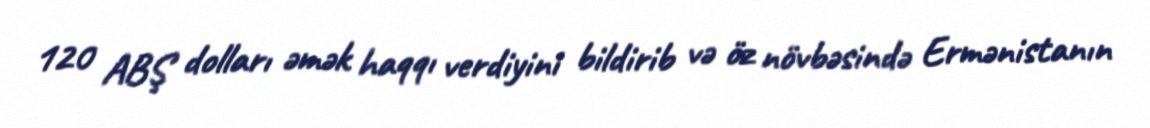
120 ABŞ dolları əmək haqqı verdiyini bildirib və öz növbəsində Ermənistanın